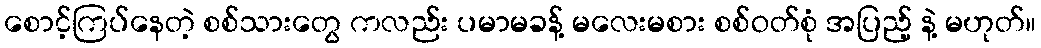
စောင့်ကြပ်နေတဲ့ စစ်သားတွေ ကလည်း ပမာမခန့် မလေးမစား စစ်ဝတ်စုံ အပြည့် နဲ့ မဟုတ်။